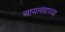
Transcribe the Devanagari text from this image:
आयलंडाच्या